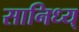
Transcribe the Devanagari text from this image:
सानिध्य्